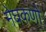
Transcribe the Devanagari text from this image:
मेघकणों